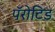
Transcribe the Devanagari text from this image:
पॅरोटिड